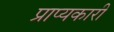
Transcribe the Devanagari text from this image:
प्राप्यकारी